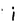
Character: i